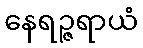
နေရဉ္ဇရာယံ